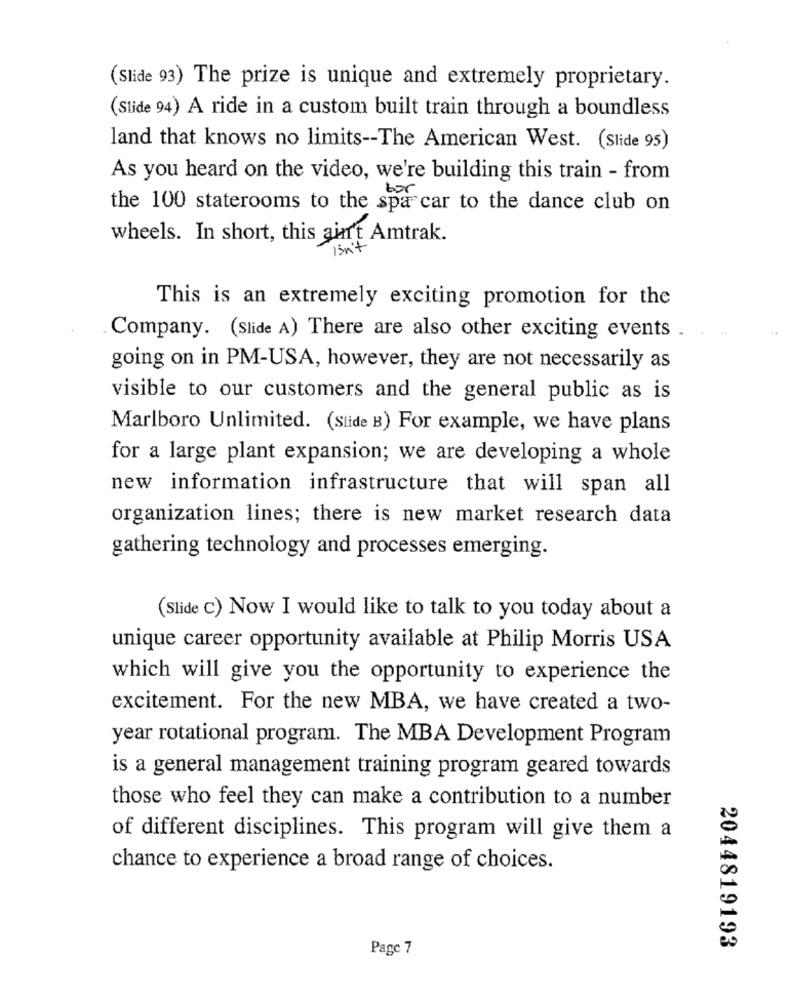
(Slide 93) The prize is unique and extremely proprietary.
(Slide 94) A ride in a custom built train through a boundless
land that knows no limits -- The American West. (Slide 95)
As you heard on the video, we're building this train - from
the 100 staterooms to the spa car to the dance club on
wheels. In short, this ain't Amtrak.
isn't
This is an extremely exciting promotion for the
Company. (Slide A) There are also other exciting events .
going on in PM-USA, however, they are not necessarily as
visible to our customers and the general public as is
Marlboro Unlimited. (Slide B) For example, we have plans
for a large plant expansion; we are developing a whole
new information infrastructure that will span all
organization lines; there is new market research data
gathering technology and processes emerging.
(Slide C) Now I would like to talk to you today about a
unique career opportunity available at Philip Morris USA
which will give you the opportunity to experience the
excitement. For the new MBA, we have created a two-
year rotational program. The MBA Development Program
is a general management training program geared towards
those who feel they can make a contribution to a number
of different disciplines. This program will give them a
chance to experience a broad range of choices.
Page 7
2044819193